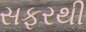
સફરથી